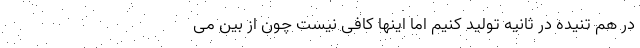
در هم تنیده در ثانیه تولید کنیم اما اینها کافی نیست چون از بین می